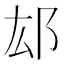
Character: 𨙿